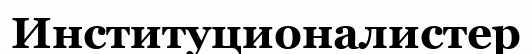
Институционалистер